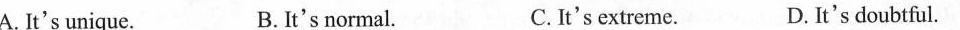
A. It's unique. B. It's normal. C. It's extreme. D. It's doubtful.